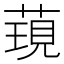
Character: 𮶯